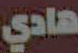
هادي